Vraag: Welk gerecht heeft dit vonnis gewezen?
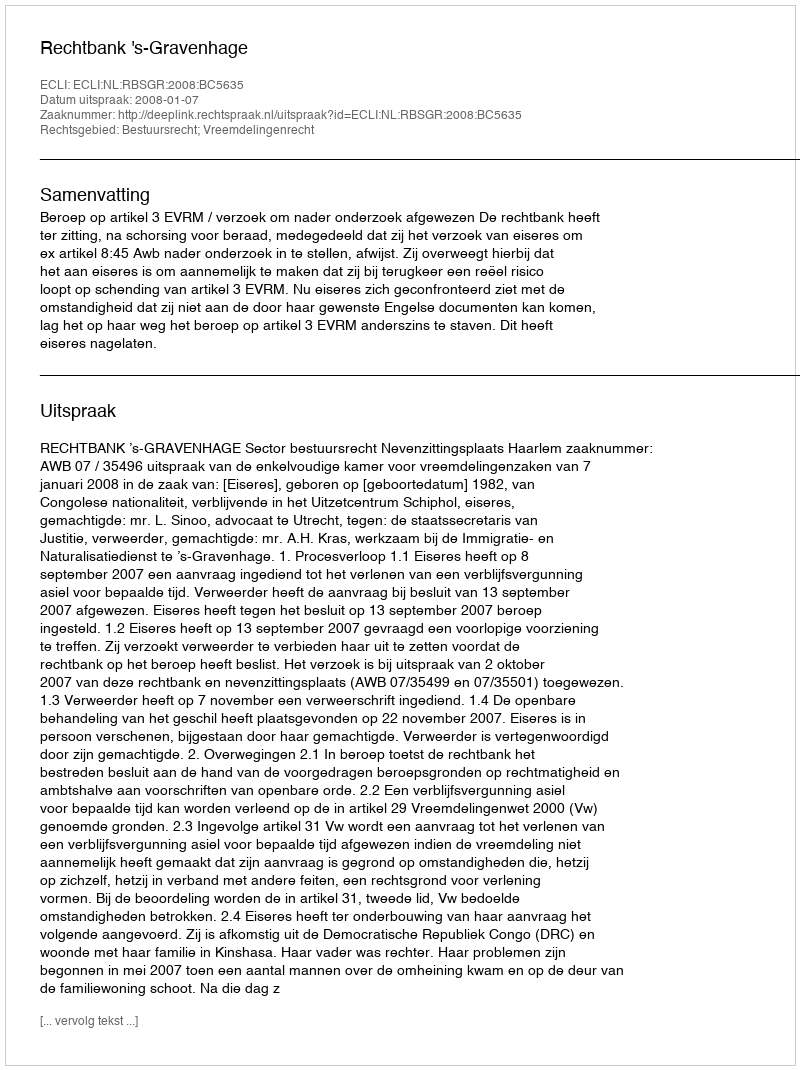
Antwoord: Rechtbank 's-Gravenhage